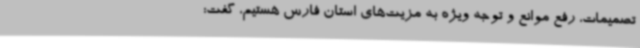
تصمیمات، رفع موانع و توجه ویژه به مزیت‌های استان فارس هستیم، گفت: